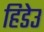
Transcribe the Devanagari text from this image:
हिडेउ